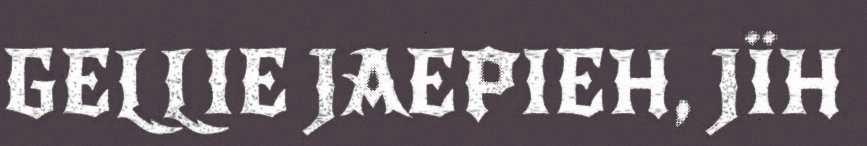
GELLIE JAEPIEH, JÏH